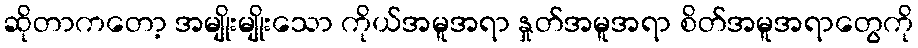
ဆိုတာကတော့ အမျိုးမျိုးသော ကိုယ်အမူအရာ နှုတ်အမူအရာ စိတ်အမူအရာတွေကို